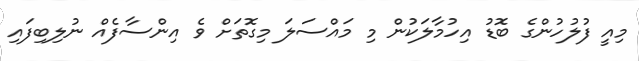
މިއީ ފުލުހުންގެ ބޮޑު އިހުމާލަކުން މި މައްސަލަ މިގޮތަށް ވެ އިންސާފެއް ނުލިބިފައި